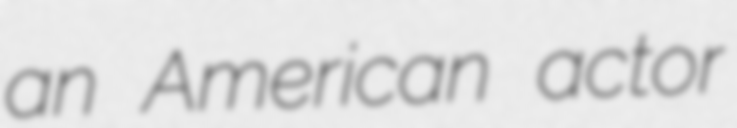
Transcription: an American actor